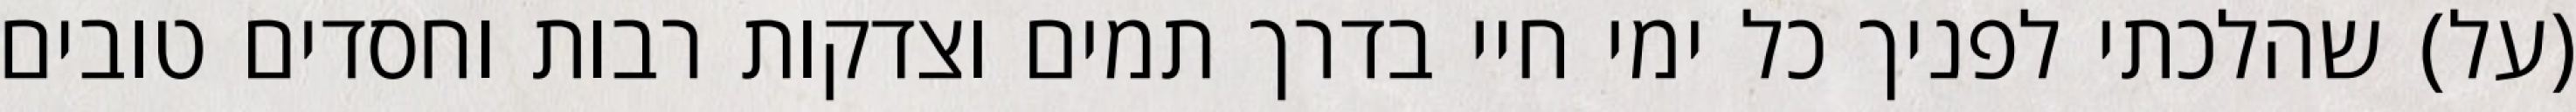
(על) שהלכתי לפניך כל ימי חיי בדרך תמים וצדקות רבות וחסדים טובים